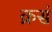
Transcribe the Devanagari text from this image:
क्रसं